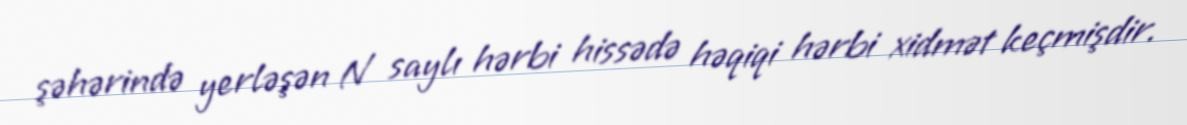
şəhərində yerləşən N saylı hərbi hissədə həqiqi hərbi xidmət keçmişdir.